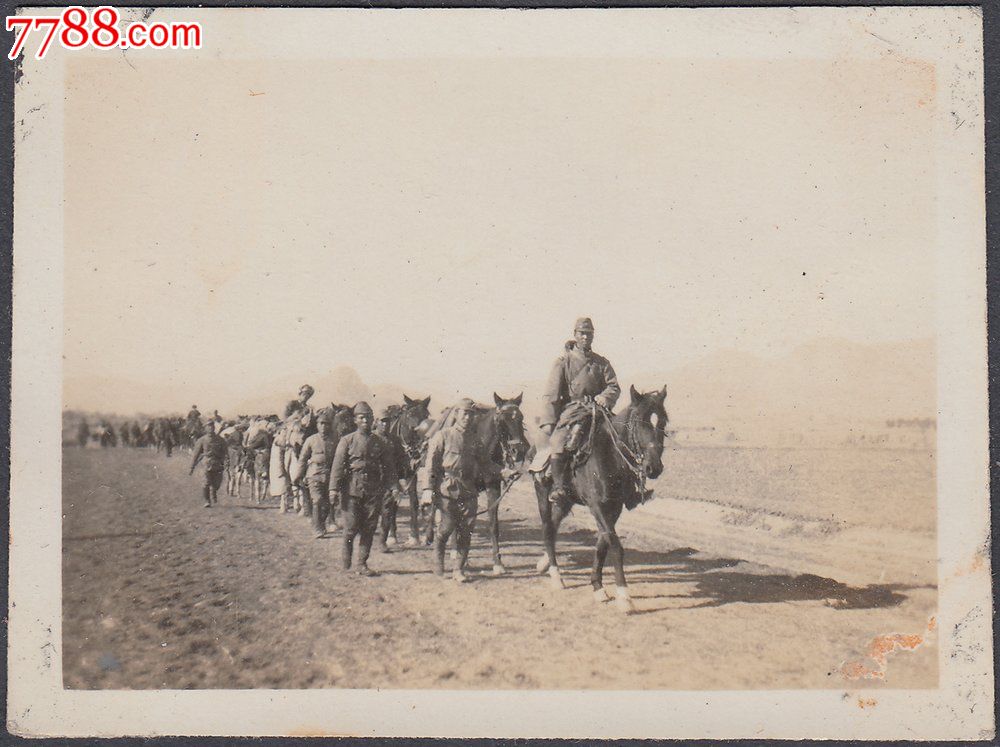
马嘶经战地，雕认打围山。